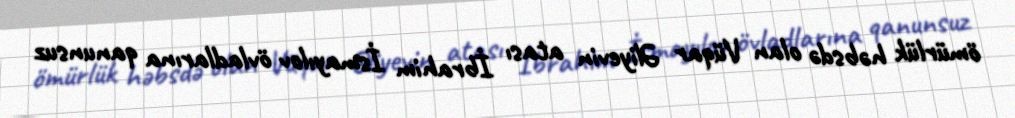
ömürlük həbsdə olan Vüqar Əliyevin atası İbrahim İsmayılov övladlarına qanunsuz